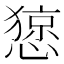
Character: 𢠃